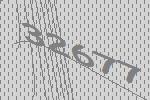
32677